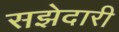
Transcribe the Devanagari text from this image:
सझेदारी